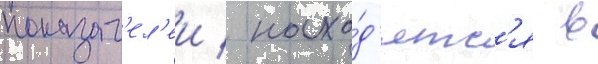
показат'ел'еи / нахо́д'ятс'я в